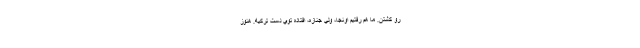
رو كشتن. ما هم رفتيم اونجا، ولي جنازه، افتاده توي دست تركيه. هنوز